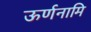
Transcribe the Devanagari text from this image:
ऊर्णनामि